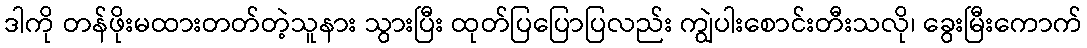
ဒါကို တန်ဖိုးမထားတတ်တဲ့သူနား သွားပြီး ထုတ်ပြပြောပြလည်း ကျွဲပါးစောင်းတီးသလို၊ ခွေးမြီးကောက်